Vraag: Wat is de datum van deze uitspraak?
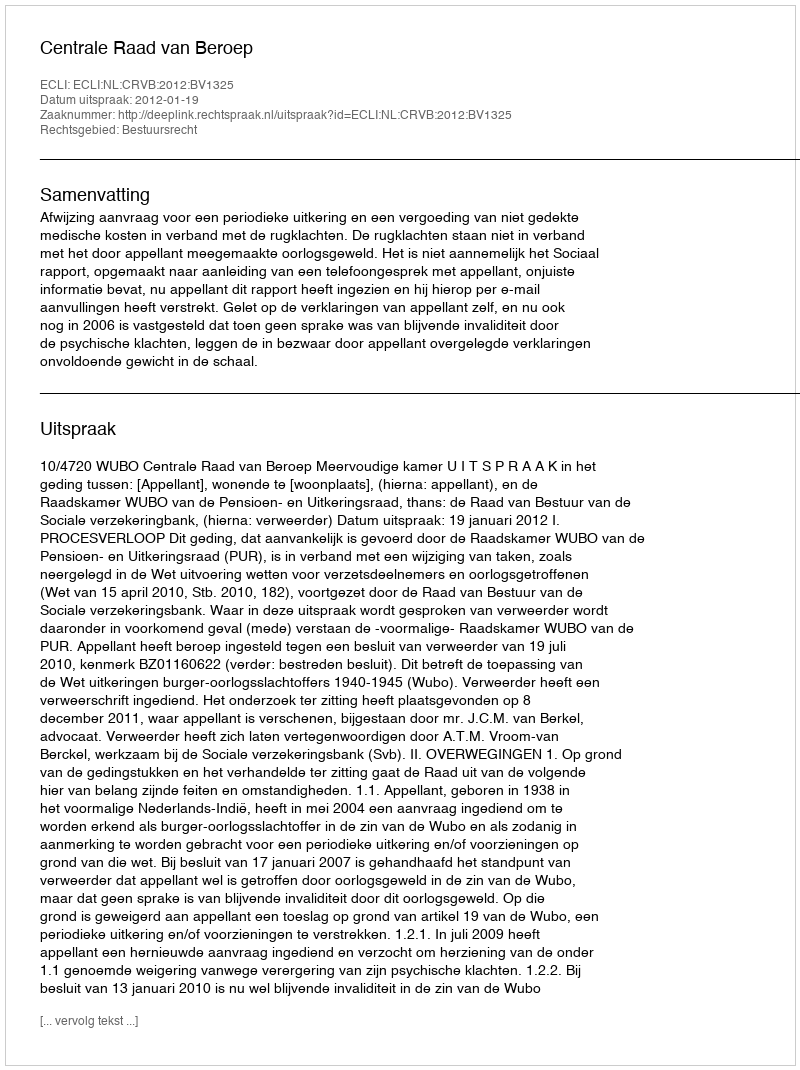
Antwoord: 2012-01-19